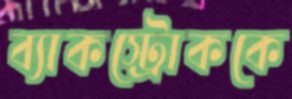
ব্যাকস্ট্রোককে